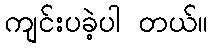
ကျင်းပခဲ့ပါ တယ်။